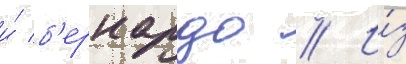
и́ б'ернардо // И́з